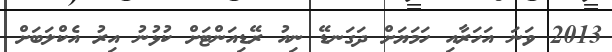
2013 ވަނަ އަހަރާއި ހަމަޔަށް ދަގަނޑޭ ނިއު ރޭޑިއަންޓަށް ކުޅުނު އިރު އެކްލަބަށް